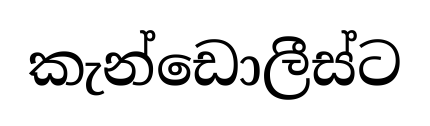
කැන්ඩොලීස්ට